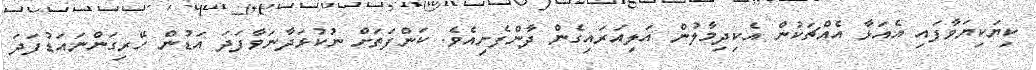
ކިޔަކިޔަވާފައި އެއަޅާ އެއްޗަކުން އެކިދިމާލުން އަލިއަރައިގެން ދާންފެށިއެވެ. ކަންފަތަށް ނުކުޅަދާނަވާފަދަ އަޑުން ހޭރިގަންނައަޑުފަދަ